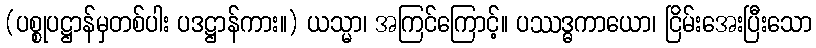
(ပစ္စုပဋ္ဌာန်မှတစ်ပါး ပဒဋ္ဌာန်ကား။) ယသ္မာ၊ အကြင်ကြောင့်။ ပဿဒ္ဓကာယော၊ ငြိမ်းအေးပြီးသော